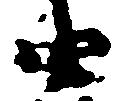
由